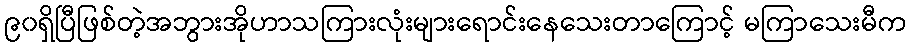
၉၀ရှိပြီဖြစ်တဲ့အဘွားအိုဟာသကြားလုံးများရောင်းနေသေးတာကြောင့် မကြာသေးမီက